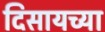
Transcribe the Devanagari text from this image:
दिसायच्या